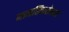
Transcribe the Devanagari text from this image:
मानसिकतेमध्ये